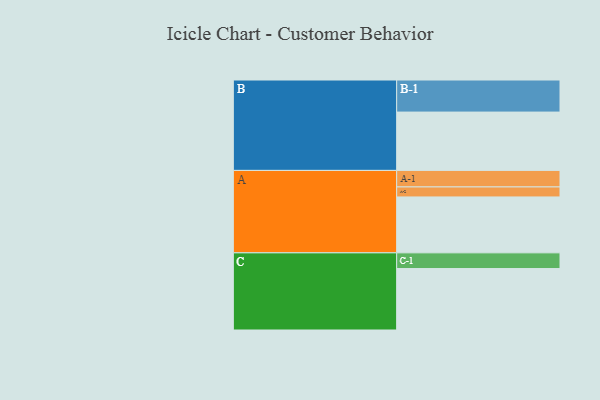
{"axis": {"x": "Segment", "y": "Value"}, "legend": ["", "A", "B", "C"], "data": [{"x": "A", "y": 413, "type": ""}, {"x": "B", "y": 431, "type": ""}, {"x": "C", "y": 454, "type": ""}, {"x": "A-1", "y": 122, "type": "A"}, {"x": "A-2", "y": 74, "type": "A"}, {"x": "B-1", "y": 237, "type": "B"}, {"x": "C-1", "y": 116, "type": "C"}]}